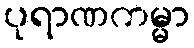
ပုရာဏကမ္မာ